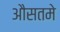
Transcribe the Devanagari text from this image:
औसतमे